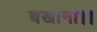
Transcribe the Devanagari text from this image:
बखाना।।